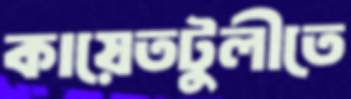
কায়েতটুলীতে